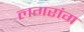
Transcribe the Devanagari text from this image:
लगरांग